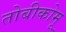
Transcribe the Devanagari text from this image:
तोबीकोमू